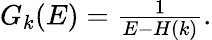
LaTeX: \begin{array}{r}{G_{k}(E)=\frac{1}{E-H(k)}.}\end{array}